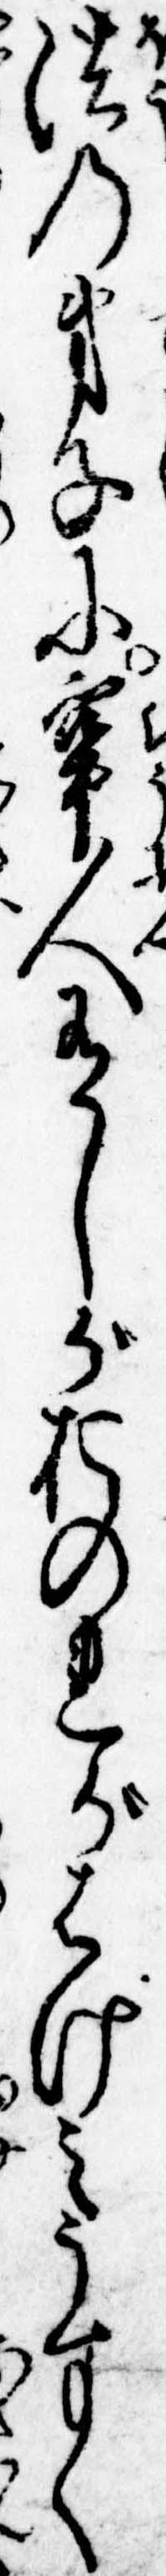
法の弟子に牢人有しがおのれがはげみうすく